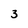
Character: 3